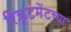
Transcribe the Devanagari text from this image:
रिक्रूटमेंटच्या